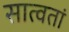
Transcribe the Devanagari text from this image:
सात्वतां